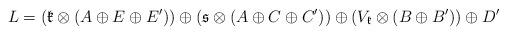
LaTeX: \begin{align*}L=(\mathfrak{k}\otimes(A\oplus E\oplus E'))\oplus(\mathfrak{s}\otimes(A\oplus C\oplus C'))\oplus(V_{\mathfrak{k}}\otimes(B\oplus B'))\oplus D'\end{align*}